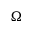
\Omega